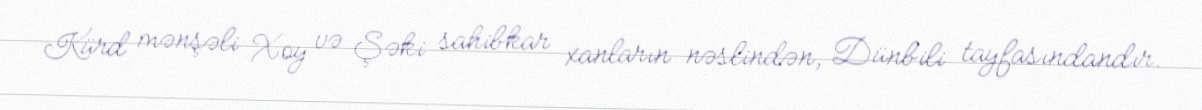
Kürd mənşəli Xoy və Şəki sahibkar xanların nəslindən, Dünbili tayfasındandır.